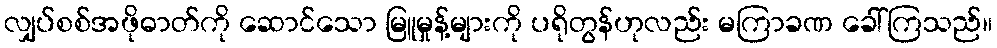
လျှပ်စစ်အဖိုဓာတ်ကို ဆောင်သော မြူမှုန့်များကို ပရိုတွန်ဟုလည်း မကြာခဏ ခေါ်ကြသည်။